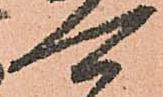
可